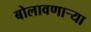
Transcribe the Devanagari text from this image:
बोलावणार्‍या